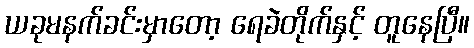
ယခုမနက်ခင်းမှာတော့ ရေခဲတိုက်နှင့် တူနေပြီ။